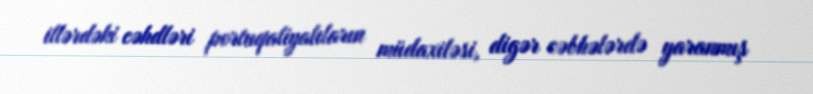
illərdəki cəhdləri portuqaliyalıların müdaxiləsi, digər cəbhələrdə yaranmış